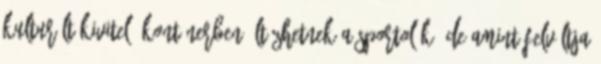
kulturált kivitelű konténerben öltözhetnek a sportolók, de amint felváltja